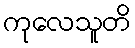
ကုလေသူတိ